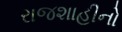
રાજશાહીનો